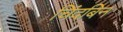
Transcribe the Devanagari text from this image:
चिंदबिन